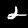
Digit: 2